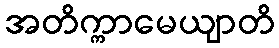
အတိက္ကာမေယျာတိ